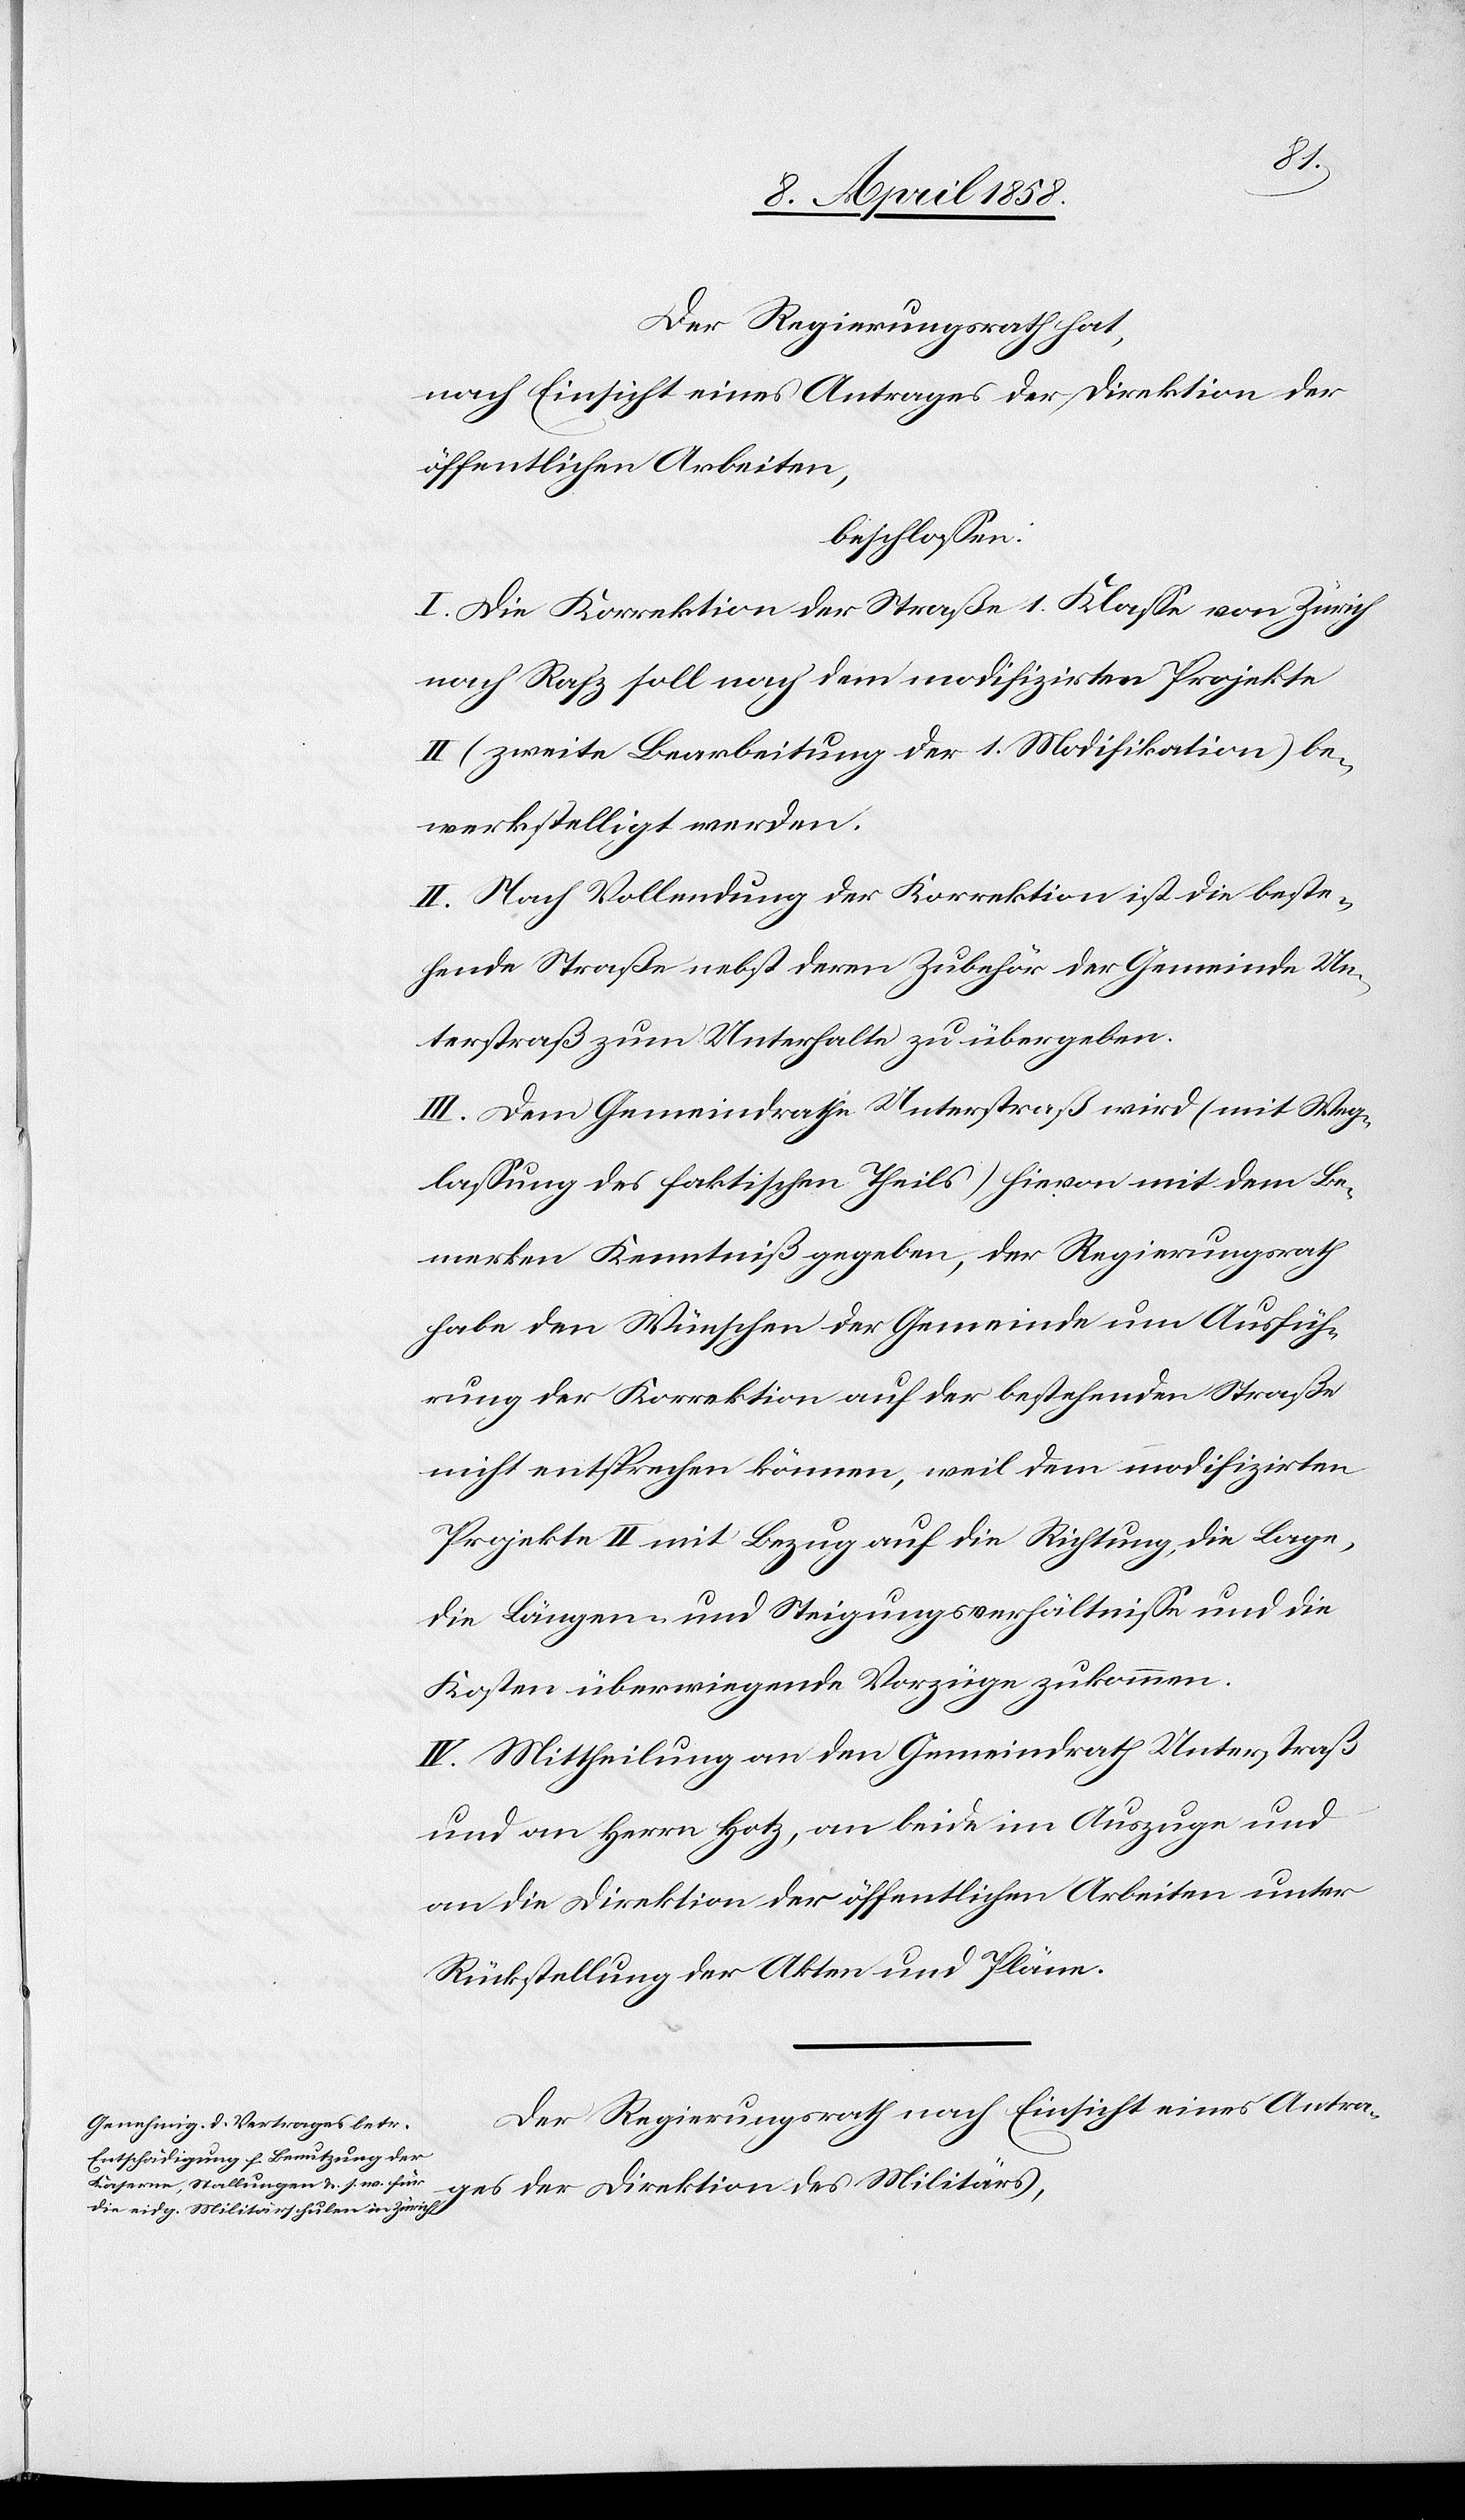
Der Regierungsrath hat,
nach Einsicht eines Antrages der Direktion der
öffentlichen Arbeiten,
beschlossen:
I. Die Korrektion der Straße 1. Klasse von Zürich
nach Rafz soll nach dem modifizirten Projekte
II (zweite Bearbeitung der 1. Modifikation) be¬
werkstelligt werden.
II. Nach Vollendung der Korrektion ist die beste¬
hende Straße nebst deren Zubehör der Gemeinde Un¬
terstraß zum Unterhalte zu übergeben.
III. Dem Gemeindrathe Unterstraß wird (mit Weg¬
lassung des faktischen Theils) hievon mit dem Be¬
merken Kenntniß gegeben, der Regierungsrath
habe den Wünschen der Gemeinde um Ausfüh¬
rung der Korrektion auf der bestehenden Straße
nicht entsprechen können, weil dem modifizirten
Projekte II mit Bezug auf die Richtung, die Lage,
die Längen- und Steigungsverhältnisse und die
Kosten überwiegende Vorzüge zukommen.
IV. Mittheilung an den Gemeindrath Unterstraß
und an Herrn Hotz, an beide im Auszuge und
an die Direktion der öffentlichen Arbeiten unter
Rückstellung der Akten und Pläne.
Der Regierungsrath nach Einsicht eines Antra¬
ges der Direktion des Militärs,